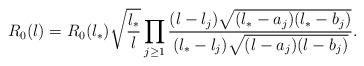
LaTeX: \begin{align*} R_0(\l)=R_0(\l_*)\sqrt{\frac{\l_*}{\l}}\prod_{j\ge 1}\frac{(\l-\l_j)\sqrt{(\l_*-a_j)(\l_*-b_j)}}{(\l_*-\l_j)\sqrt{(\l-a_j)(\l-b_j)}}.\end{align*}